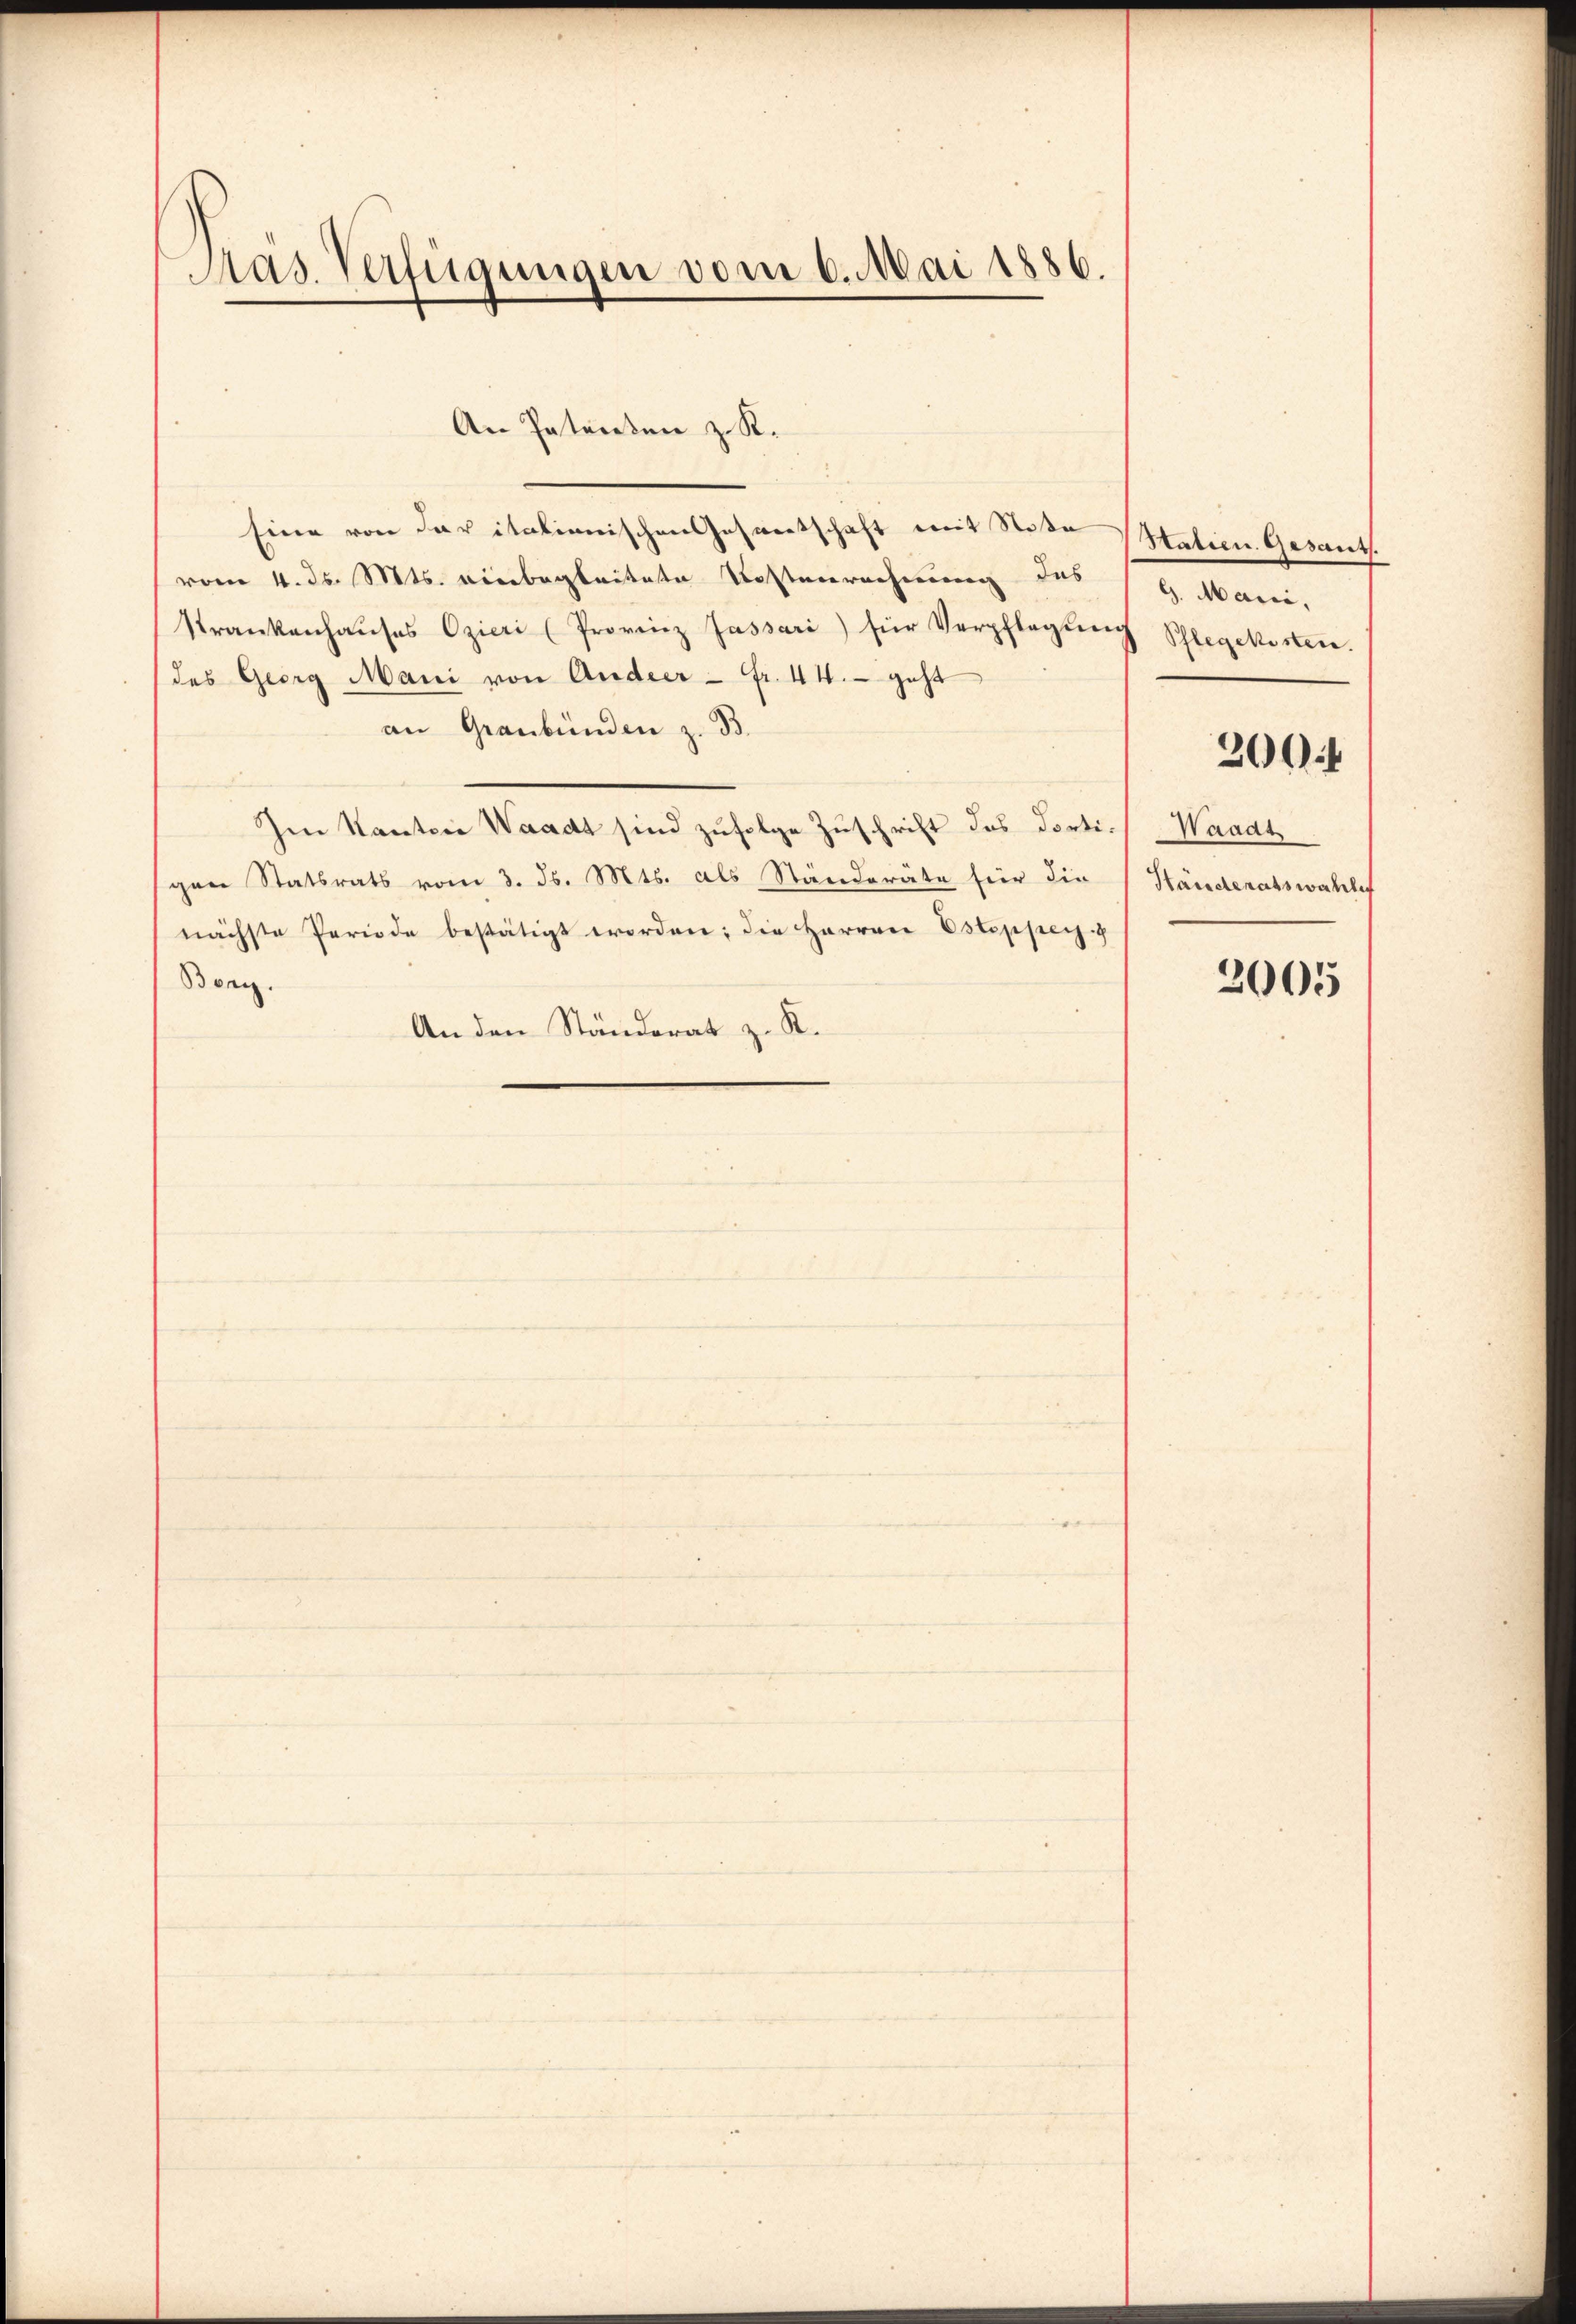
Pas. Verfügungen vom 6. Mai 1886.

An Petrieben z. R.
Eine von der italienischen Gesantschaft mit Stoße Statien Gesants.
vom 4. ds. Mts. einbegleitete Kostenrechnung des 9. Mani,
Krankenhaŭses Czicri (Provinz Jassari) für Verpflegŭng Schlegekosten.
des Georg Mani von Andeer - Fr. 44. geht
an Graubünden z. B.
Im Kanton Waadt sind zufolge Zuschrift das dorti-Waadt
gen Statsrats vom 3. d. Mts. als Ständeräte für die Ständeratswahlef
nächste Periode bestätigt worden; die Herren Esteppen.
Bony.
An den Ständerat z. R.

2004

2005